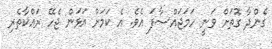
ގެންދާ ގޮތަށް ވަނީ ހަމަޖައްސާފަ އެވެ. އެ ކަމަށް އަޅަން ޖެހޭ ރައްކާތެރި